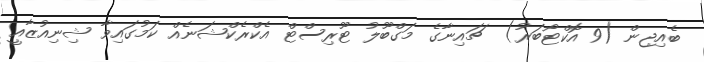
ބެއިޖިން (9 އޮކްޓޯބަރު)  ޗައިނާގެ މަގްބޫލު ޓޫރިސްޓް އެކްރެކްޝަނެއް ކަމުގައިވާ ޝިނިއުޒާއީ